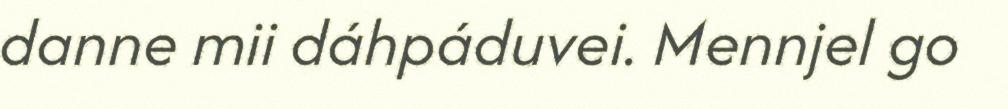
danne mii dáhpáduvei. Mennjel go